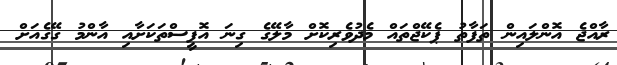
ރާއްޖެ އޮންލައިން ތަފާތު ޕެކޭޖްތައް މެދުވެރިކޮށް މާލޭގެ ގިނަ އޮފީސްތަކަށާއި އާންމު ގޭގެއަށް